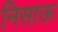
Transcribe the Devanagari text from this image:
निसाऊ